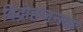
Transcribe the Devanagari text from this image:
विद्रोहजनक